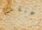
أعتقد